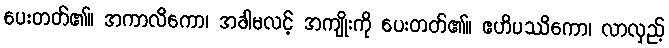
ပေးတတ်၏။ အကာလိကော၊ အခါမလင့် အကျိုးကို ပေးတတ်၏။ ဧဟိပဿိကော၊ လာလှည့်